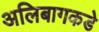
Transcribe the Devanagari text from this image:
अलिबागकडे